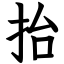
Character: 抬